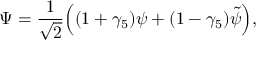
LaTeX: \Psi = \frac { 1 } { \sqrt { 2 } } \Big ( ( 1 + \gamma _ { 5 } ) \psi + ( 1 - \gamma _ { 5 } ) \tilde { \psi } \Big ) ,